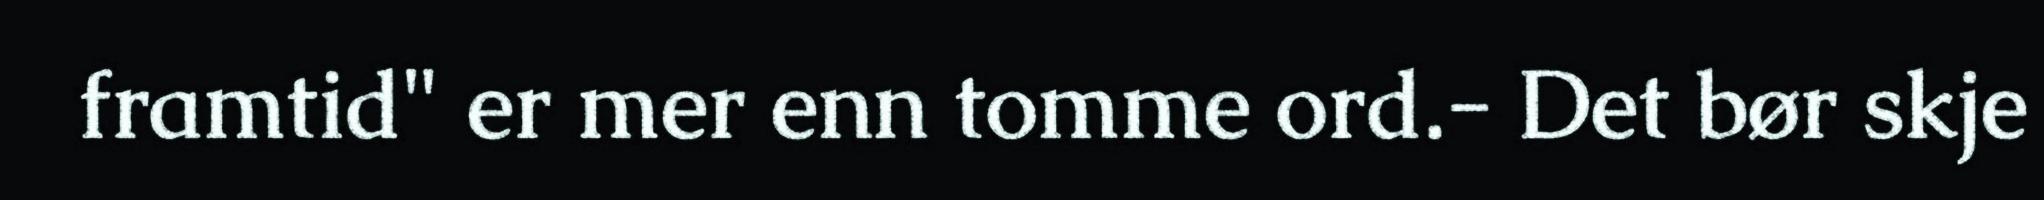
framtid" er mer enn tomme ord.- Det bør skje